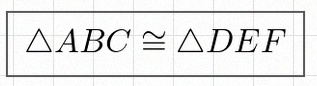
\triangle ABC\cong\triangle DEF